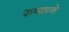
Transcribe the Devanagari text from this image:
रुप्याने